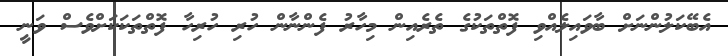
އެބޭކަލުންނަށް ބާވައިލެއްވި ފޮތްތަކުގެ ތެރެއިން މިހާރު ފެންނާން ހުރި ހުރިހާ ފޮތްތަކަކަށްވެސް ވަނީ